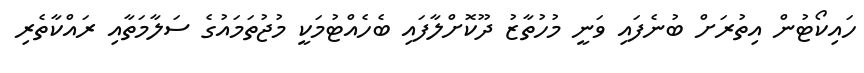
ހައިކޯޓުން އިތުރަށް ބުނެފައި ވަނީ މުހުތާޒު ދޫކޮށްލާފައި ބެހެއްޓުމަކީ މުޖުތަމައުގެ ސަލާމަތާއި ރައްކާތެރި